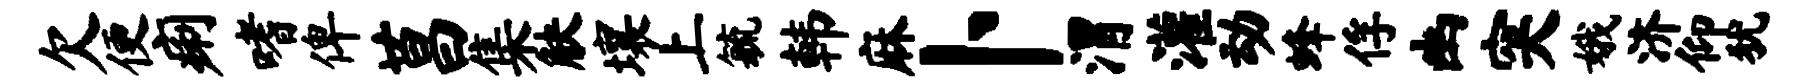
欠便痢嗜俾莒集觖壤上毓韩麻卜渭灌动蜂俘幽突娥济仰犹